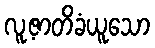
လူ့ဇာတိခံယူသော